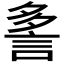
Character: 𲁨